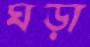
ঘড়া